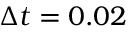
\Delta t = 0 . 0 2